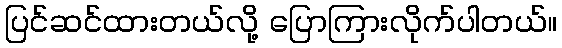
ပြင်ဆင်ထားတယ်လို့ ပြောကြားလိုက်ပါတယ်။